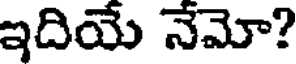
ఇదియే నేమో?